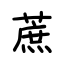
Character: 蔗